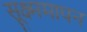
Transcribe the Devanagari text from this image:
सूक्ष्ममापन